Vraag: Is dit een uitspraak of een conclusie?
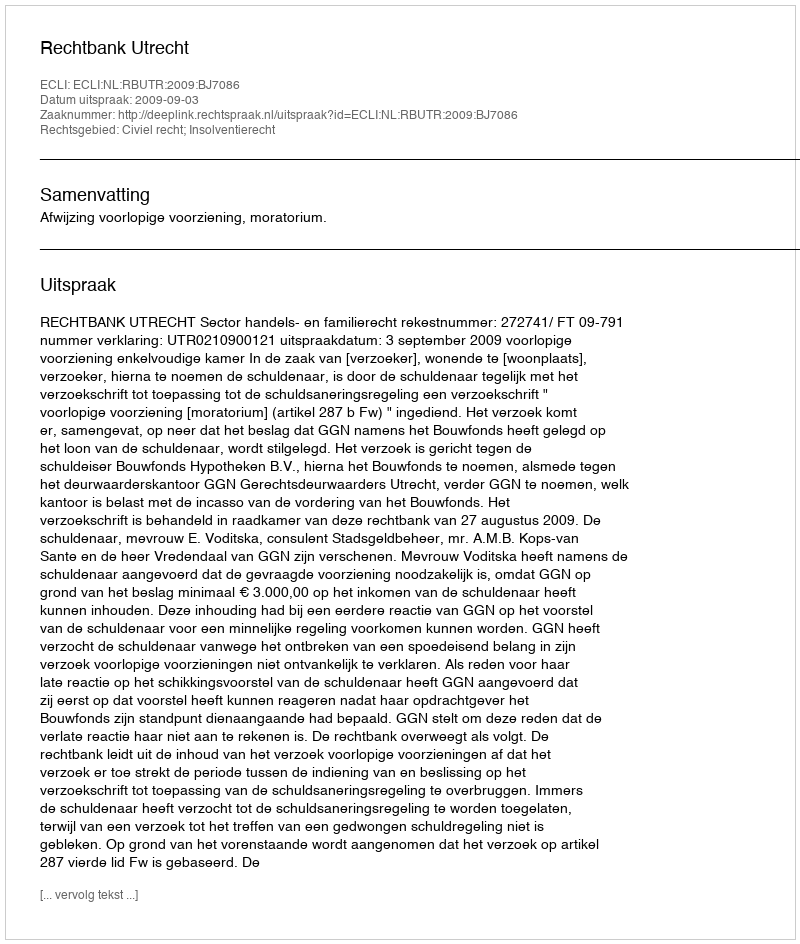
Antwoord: Uitspraak